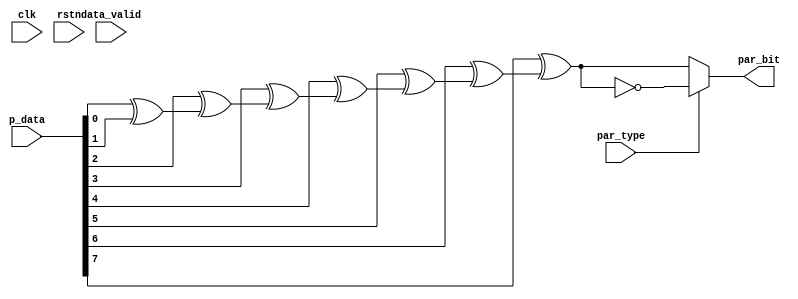
module parity_check_tx#(parameter data_size = 4'd8 , parameter EVEN = 1'b0 , parameter ODD = 1'b1)
  (
    input clk,rstn,
    input par_type,data_valid,
    input [data_size-1:0] p_data,
    output reg par_bit
   );
   
reg parity,xor1_out,xor2_out,xor3_out,xor4_out,xor5_out,xor6_out;
reg [7:0] data_input; 
 
 
 /*** load data input in the register data_input ***/
 always@(posedge clk)begin
  if(!rstn)
    data_input = 8'd0;
  else if(data_valid)
    data_input = p_data;
 end
 
 
 
 /* parity calculation */
 always@(*)begin
      xor1_out = p_data[0] ^ p_data[1]; 
      xor2_out = p_data[2] ^ xor1_out ; 
      xor3_out = p_data[3] ^ xor2_out ;
      xor4_out = p_data[4] ^ xor3_out ; 
      xor5_out = p_data[5] ^ xor4_out ;
      xor6_out = p_data[6] ^ xor5_out ; 
      parity   = p_data[7] ^ xor6_out ;
end


/* check whether parity type is even or odd */
always@(*)begin
  if(par_type == EVEN)
    par_bit <= parity;
  else
    par_bit <= ~parity;
end
endmodule